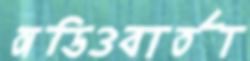
অডিওবার্তা